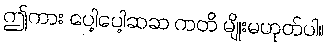
ဤကား ပေါ့ပေါ့ဆဆ ကတိ မျိုးမဟုတ်ပါ။